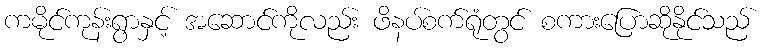
ကမိုင်ကုန်းရွာနှင့် အဆောင်ကိုလည်း ဖိနပ်စက်ရုံတွင် စကားပြောဆိုနိုင်သည်